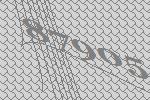
87905